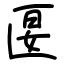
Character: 匽